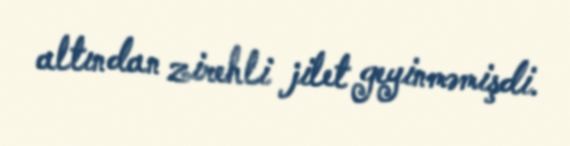
altından zirehli jilet geyinməmişdi.